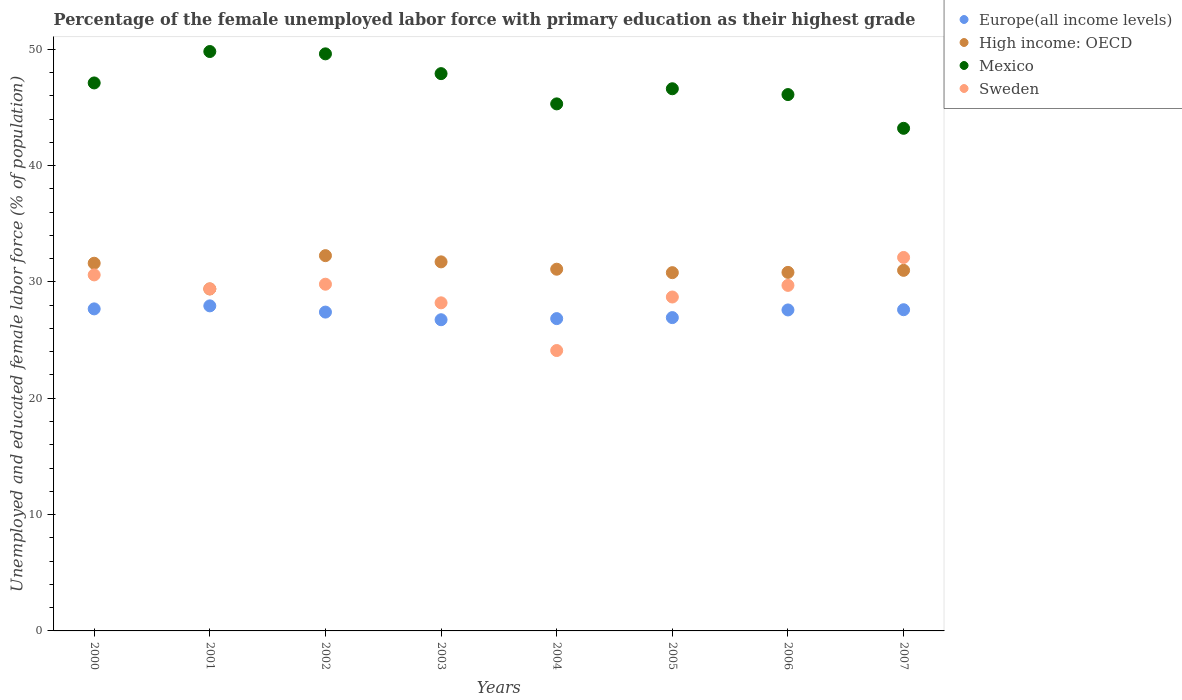
| Years | Europe(all income levels) | High income: OECD | Mexico | Sweden |
 | --- | --- | --- | --- | --- |
 | 2000 | 27.7 | 31.6 | 47.1 | 30.6 |
 | 2001 | 27.9 | 29.4 | 49.8 | 29.4 |
 | 2002 | 27.4 | 32.3 | 49.6 | 29.8 |
 | 2003 | 26.7 | 31.7 | 47.9 | 28.2 |
 | 2004 | 26.8 | 31.1 | 45.3 | 24.1 |
 | 2005 | 26.9 | 30.8 | 46.6 | 28.7 |
 | 2006 | 27.6 | 30.8 | 46.1 | 29.7 |
 | 2007 | 27.6 | 31 | 43.2 | 32.1 |